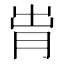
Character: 𬁹